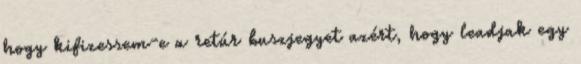
hogy kifizessem-e a retúr buszjegyet azért, hogy leadjak egy